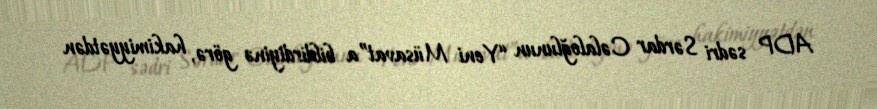
ADP sədri Sərdar Cəlaloğlunun “Yeni Müsavat”a bildirdiyinə görə, hakimiyyətdən